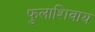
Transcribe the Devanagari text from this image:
फुलाशिवाय